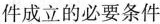
件成立的必要条件